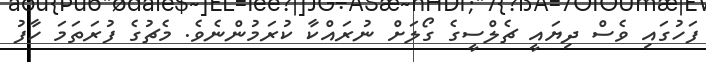
ފަހުގައި ވެސް ދިޔައީ ޗެލްސީގެ ގޯލަށް ނުރައްކާ ކުރަމުންނެވެ. މެޗުގެ ފުރަތަމަ ހާފު